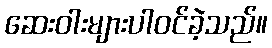
ဆေးဝါးများပါဝင်ခဲ့သည်။